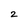
Character: 2